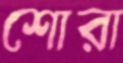
শোরা